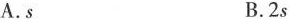
A.sB.2s